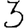
Digit: 3